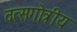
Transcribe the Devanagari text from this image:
वत्सगोत्रीय